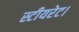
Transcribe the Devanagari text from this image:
स्टीयरेट।